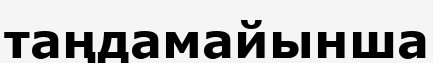
таңдамайынша